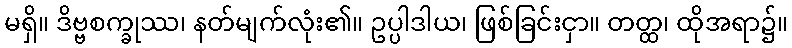
မရှိ။ ဒိဗ္ဗစက္ခုဿ၊ နတ်မျက်လုံး၏။ ဥပ္ပါဒါယ၊ ဖြစ်ခြင်းငှာ။ တတ္ထ၊ ထိုအရာ၌။